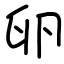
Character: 卵